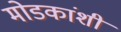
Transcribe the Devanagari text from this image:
मोडकांशी